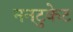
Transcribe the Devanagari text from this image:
ननटुकेट